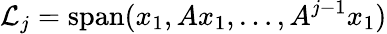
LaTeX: {\mathcal{L}}_{j}=\operatorname{span}(x_{1},Ax_{1},\ldots,A^{j-1}x_{1})